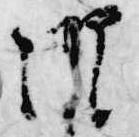
御